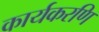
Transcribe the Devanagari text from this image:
कार्यकरणि